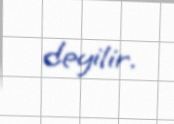
deyilir.